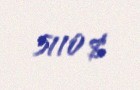
5110 $